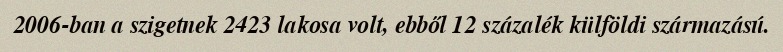
2006-ban a szigetnek 2423 lakosa volt, ebből 12 százalék külföldi származású.